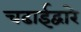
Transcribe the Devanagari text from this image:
चढाईद्वारे